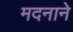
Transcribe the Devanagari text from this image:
मदनाने